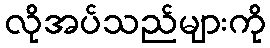
လိုအပ်သည်များကို